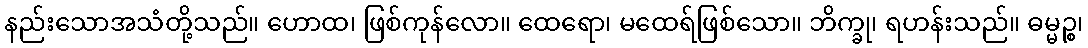
နည်းသောအသံတို့သည်။ ဟောထ၊ ဖြစ်ကုန်လော။ ထေရော၊ မထေရ်ဖြစ်သော။ ဘိက္ခု၊ ရဟန်းသည်။ ဓမ္မဉ္စ၊